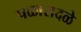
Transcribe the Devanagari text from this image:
पळासदळे